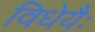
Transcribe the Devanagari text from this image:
विधेयैः